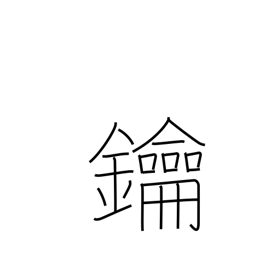
Meaning: lock